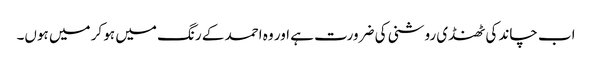
اب چاند کی ٹھنڈی روشنی کی ضرورت ہے اور وہ احمد کے رنگ میں ہو کر میں ہوں۔